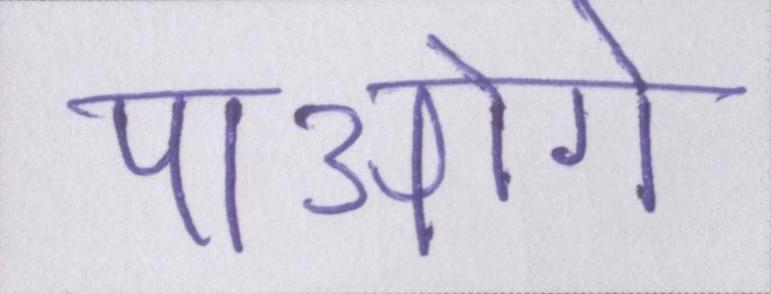
पाओगे